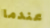
عندما